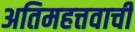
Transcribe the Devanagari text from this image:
अतिमहत्तवाची